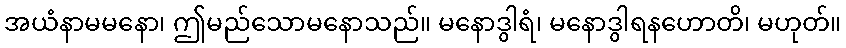
အယံနာမမနော၊ ဤမည်သောမနောသည်။ မနောဒွါရံ၊ မနောဒွါရနဟောတိ၊ မဟုတ်။